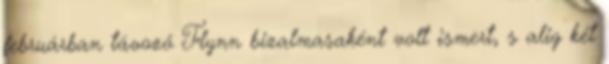
februárban távozó Flynn bizalmasaként volt ismert, s alig két